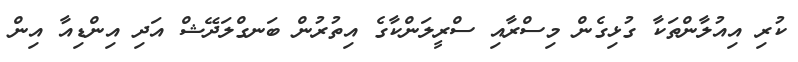
ކުރި އިއުލާންތަކާ ގުޅިގެން މިސްރާއި ސްރީލަންކާގެ އިތުރުން ބަނގްލަދޭޝް އަދި އިންޑިއާ އިން